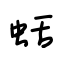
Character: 蛞